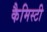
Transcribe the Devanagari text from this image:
कैमिस्टी